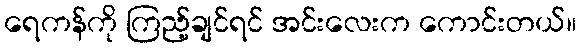
ရေကန်ကို ကြည့်ချင်ရင် အင်းလေးက ကောင်းတယ်။